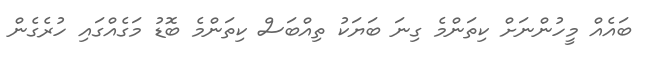
ބައެއް މީހުންނަށް ކިތަންމެ ގިނަ ބަޔަކު ތިއްބަސް ކިތަންމެ ބޮޑު މަގެއްގައި ހުރެގެން